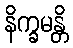
နိက္ခမန္တိ